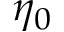
\eta _ { 0 }